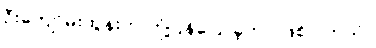
ဦးကျော်မိုးထွန်းက တုံ့ပြန်ပြောခဲ့တာ ဖြစ်ပါတယ်။